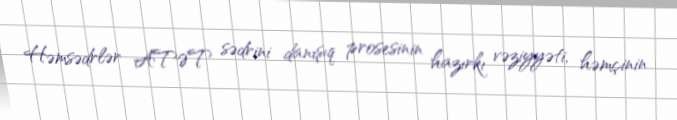
Həmsədrlər ATƏT sədrini danışıq prosesinin hazırkı vəziyyəti, həmçinin